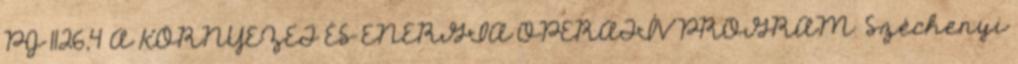
PJ 1126,4 A KÖRNYEZET ÉS ENERGIA OPERATÍV PROGRAM. Széchenyi